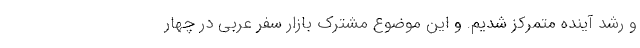
و رشد آینده متمرکز شدیم. و این موضوع مشترک بازار سفر عربی در چهار